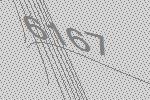
6167